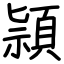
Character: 頴